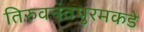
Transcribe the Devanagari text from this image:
तिरुवनंतपुरमकडे